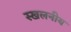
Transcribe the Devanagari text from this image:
स्खलनीय